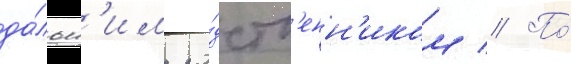
да́льн'им ро́дств'енн'иком // По́